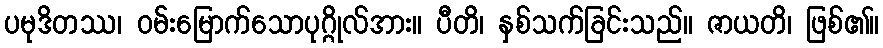
ပမုဒိတဿ၊ ဝမ်းမြောက်သောပုဂ္ဂိုလ်အား။ ပီတိ၊ နှစ်သက်ခြင်းသည်။ ဇာယတိ၊ ဖြစ်၏။